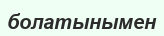
болатынымен